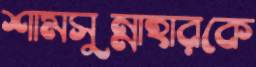
শামসুন্নাহারকে